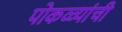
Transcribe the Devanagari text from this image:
पोकळ्यांची